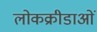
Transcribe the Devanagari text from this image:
लोकक्रीडाओं